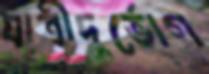
যাত্রীদুর্ভোগ